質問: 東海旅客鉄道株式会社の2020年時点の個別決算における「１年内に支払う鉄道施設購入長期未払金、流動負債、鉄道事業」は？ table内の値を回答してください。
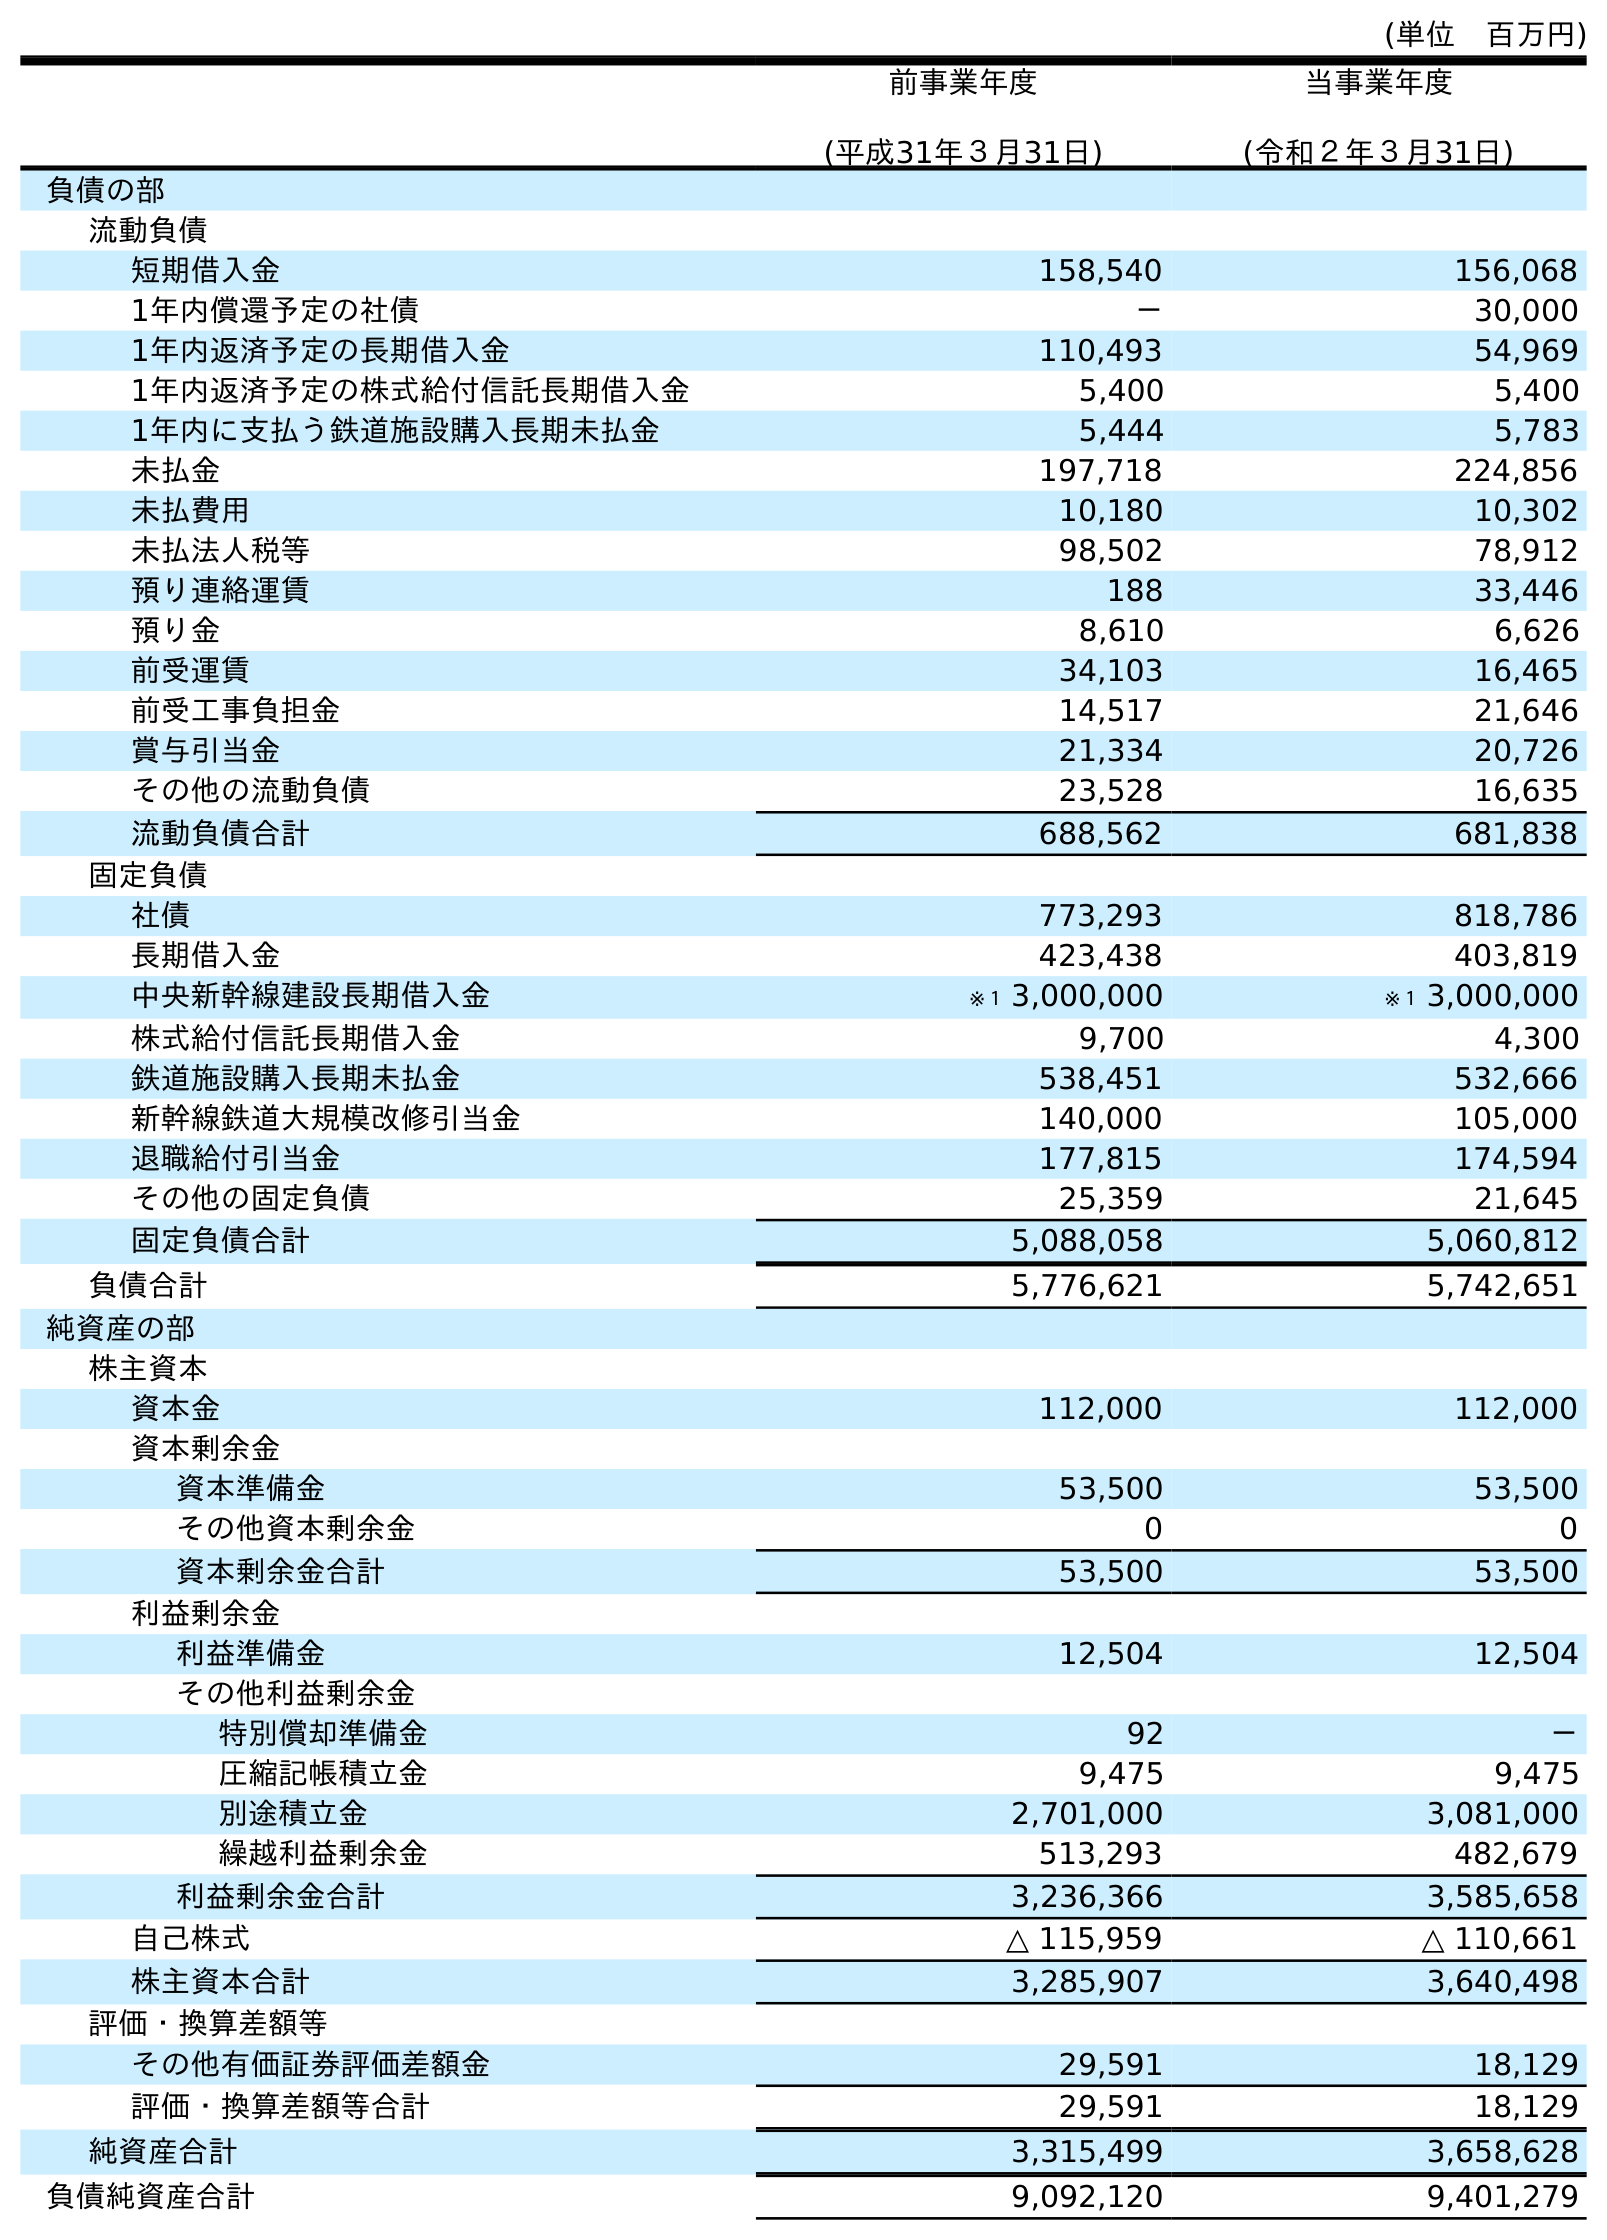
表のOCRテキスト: (単位 百万円) 前事業年度 (平成31年３月31日) 当事業年度 (令和２年３月31日) 負債の部 流動負債 短期借入金 158,540 156,068 1年内償還予定の社債 － 30,000 1年内返済予定の長期借入金 110,493 54,969 1年内返済予定の株式給付信託長期借入金 5,400 5,400 1年内に支払う鉄道施設購入長期未払金 5,444 5,783 未払金 197,718 224,856 未払費用 10,180 10,302 未払法人税等 98,502 78,912 預り連絡運賃 188 33,446 預り金 8,610 6,626 前受運賃 34,103 16,465 前受工事負担金 14,517 21,646 賞与引当金 21,334 20,726 その他の流動負債 23,528 16,635 流動負債合計 688,562 681,838 固定負債 社債 773,293 818,786 長期借入金 423,438 403,819 中央新幹線建設長期借入金 ※１ 3,000,000 ※１ 3,000,000 株式給付信託長期借入金 9,700 4,300 鉄道施設購入長期未払金 538,451 532,666 新幹線鉄道大規模改修引当金 140,000 105,000 退職給付引当金 177,815 174,594 その他の固定負債 25,359 21,645 固定負債合計 5,088,058 5,060,812 負債合計 5,776,621 5,742,651 純資産の部 株主資本 資本金 112,000 112,000 資本剰余金 資本準備金 53,500 53,500 その他資本剰余金 0 0 資本剰余金合計 53,500 53,500 利益剰余金 利益準備金 12,504 12,504 その他利益剰余金 特別償却準備金 92 － 圧縮記帳積立金 9,475 9,475 別途積立金 2,701,000 3,081,000 繰越利益剰余金 513,293 482,679 利益剰余金合計 3,236,366 3,585,658 自己株式 △ 115,959 △ 110,661 株主資本合計 3,285,907 3,640,498 評価・換算差額等 その他有価証券評価差額金 29,591 18,129 評価・換算差額等合計 29,591 18,129 純資産合計 3,315,499 3,658,628 負債純資産合計 9,092,120 9,401,279
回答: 5,783